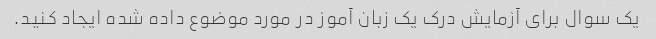
یک سوال برای آزمایش درک یک زبان آموز در مورد موضوع داده شده ایجاد کنید.